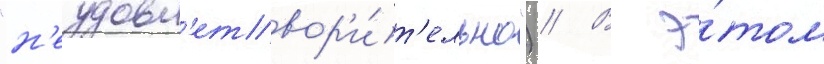
"н'еудовл'етвор'и́т'ельно") // В э́том